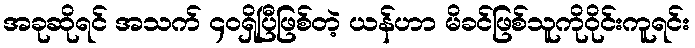
အခုဆိုရင် အသက် ၄၀ရှိပြီဖြစ်တဲ့ ယန်ဟာ မိခင်ဖြစ်သူကိုဝိုင်းကူရင်း